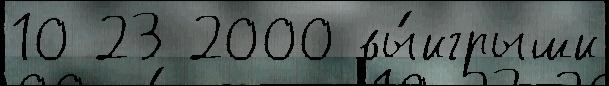
10 23 2000 вы́игрыши